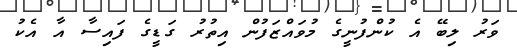
ވަރު ލިބޭ އެ ކުންފުނީގެ މުވައްޒަފުން އިތުރު ގަޑީގެ ފައިސާ އާ އެކު